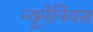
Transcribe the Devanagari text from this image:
न्यूमेनियस